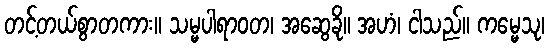
တင့်တယ်စွာတကား။ သမ္မပါရာဝတ၊ အဆွေခို။ အဟံ၊ ငါသည်။ ကမ္မေသု၊